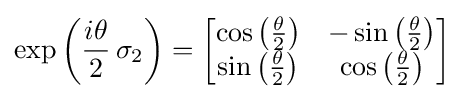
\exp \left({\frac {i\theta }{2}}\,\sigma _{2}\right)={\begin{bmatrix}\cos \left({\frac {\theta }{2}}\right)&-\sin \left({\frac {\theta }{2}}\right)\\\sin \left({\frac {\theta }{2}}\right)&\cos \left({\frac {\theta }{2}}\right)\end{bmatrix}}